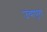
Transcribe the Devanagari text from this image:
उंचापुरा